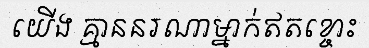
យើង គ្មាននរណាម្នាក់ឥតខ្ចោះ